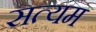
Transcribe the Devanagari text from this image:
सत्यम